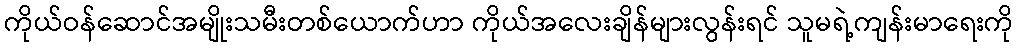
ကိုယ်ဝန်ဆောင်အမျိုးသမီးတစ်ယောက်ဟာ ကိုယ်အလေးချိန်များလွန်းရင် သူမရဲ့ကျန်းမာရေးကို